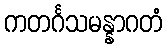
ကတင်္ဂသမန္နာဂတံ